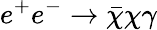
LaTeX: e^{+}e^{-}\to\bar{\chi}\chi\gamma